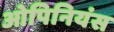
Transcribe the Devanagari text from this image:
ओपिनियंस